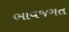
ભાવજગત